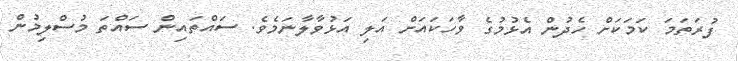
ފުރަތަމަ ކަމަކަށް ހެދުން އެޅުމުގެ ވާހަކައަށް އަލި އަޅުވާލާނަމެެވެ. ސައްތައިން ސައްތަ މުސްލިމުން